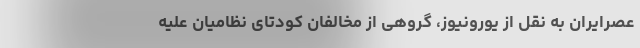
عصرایران به نقل از یورونیوز، گروهی از مخالفان کودتای نظامیان علیه